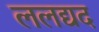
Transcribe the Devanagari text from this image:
ललद्यद